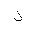
Letter: _dal